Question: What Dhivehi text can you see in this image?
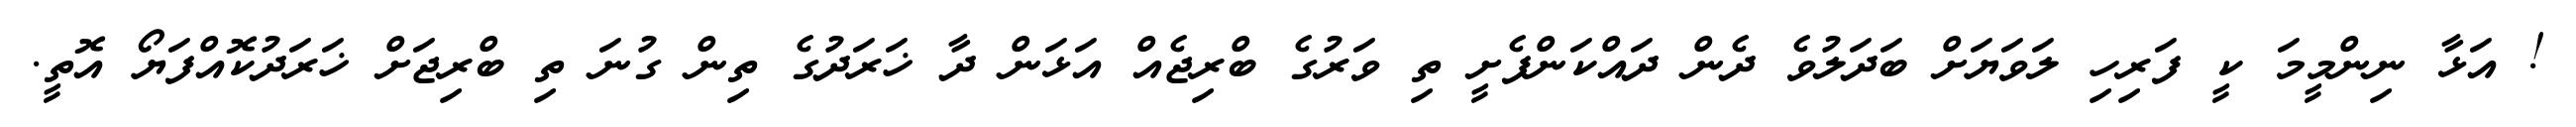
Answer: ! އަޅާ ނިންމީމަ ކީ ފަރިހި ލަވަޔަށް ބަދަލުވެ ދެން ދައްކަންފެށީ ތި ވަރުގެ ބްރިޖެއް އަޅަން ދާ ޚަރަދުގެ ތިން ގުނަ ތި ބްރިޖަށް ޚަރަދުކޮއްފަޔޯ އޮތީ.